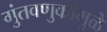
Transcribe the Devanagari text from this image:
गुंतवणुकीमुळे